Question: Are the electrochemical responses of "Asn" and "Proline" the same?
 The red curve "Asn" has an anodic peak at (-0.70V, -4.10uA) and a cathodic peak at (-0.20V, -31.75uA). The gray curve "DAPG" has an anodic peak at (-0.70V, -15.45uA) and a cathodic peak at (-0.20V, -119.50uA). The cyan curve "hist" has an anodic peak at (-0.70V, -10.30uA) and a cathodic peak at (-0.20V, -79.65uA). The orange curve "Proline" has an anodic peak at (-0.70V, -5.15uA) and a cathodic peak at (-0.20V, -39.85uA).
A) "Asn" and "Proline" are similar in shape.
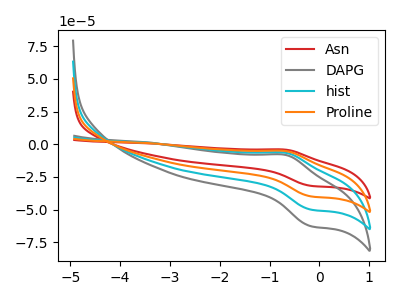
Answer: <think>All the peaks in "Asn" have a peak in "Proline" at the same potential.
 </think>
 <answer>A) "Asn" and "Proline" are similar in shape.</answer>
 <eval>A</eval>